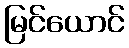
မြင်ယောင်